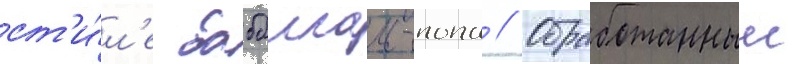
ст'и́л'е бабблгам-попа // Обработанныи